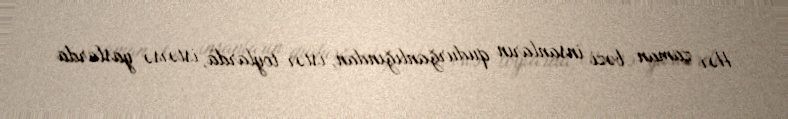
Hər zaman bəzi insanların qudurğanlığından, istər toylarda, istərsə yaslarda